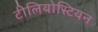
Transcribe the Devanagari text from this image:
टीलियोस्टियन